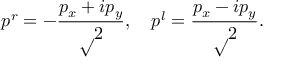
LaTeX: p ^ { r } = - \frac { p _ { x } + i p _ { y } } { \surd 2 } , \quad p ^ { l } = \frac { p _ { x } - i p _ { y } } { \surd 2 } .